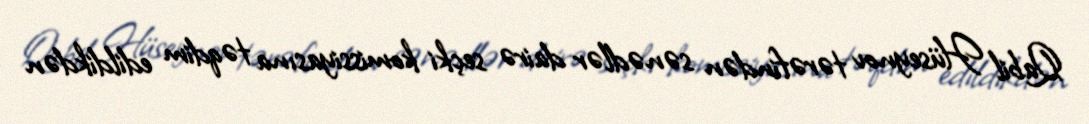
Qabil Hüseynov tərəfindən sənədlər dairə seçki komissiyasına təqdim edildikdən